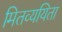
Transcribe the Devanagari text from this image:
मितव्‍ययिता